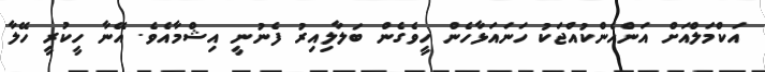
އަކްމަލްއަށް އަންހެންކުއްޖަކު ހަނައަޅާހެން ހީވެގެން ބަލާލިއިރު ފެނުނީ އިޝްމާއެވެ. އޭނާ ހީކުރީ ހޭލާ